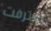
اعترفت